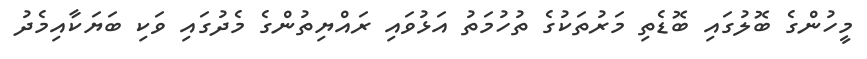
މީހުންގެ ބޮލުގައި ބޮޑެތި މަރުތަކުގެ ތުހުމަތު އަޅުވައި ރައްޔިތުންގެ މެދުގައި ވަކި ބަޔަކާއިމެދު